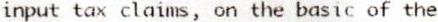
INPUT TAX CLAIMS, ON THE BASIC OF THE